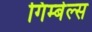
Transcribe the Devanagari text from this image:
गिम्बेल्स